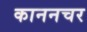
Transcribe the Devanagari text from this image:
काननचर